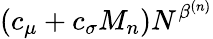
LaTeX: (c_{\mu}+c_{\sigma}M_{n})N^{\beta^{(n)}}